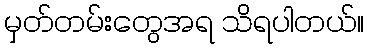
မှတ်တမ်းတွေအရ သိရပါတယ်။